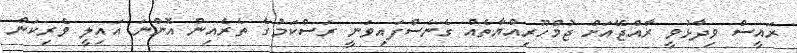
ރައީސް ވިދާޅުވީ ރާއްޖޭއަށް ޖުމްހޫރިއްޔާތެއް ގެނެސްފައިވަނީ ރަސްކަމުގެ ތެރެއިން އޮންނަ އައިލީ ވެރިކަން